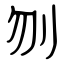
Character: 刎